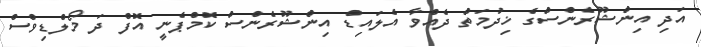
އަދި އިންޝޫރެންސްގެ ޚިދުމަތް ދެއްވާ އެލައިޑް އިންޝޫރެންސް ކޮމްޕެނީ އޮފް ދަ މޯލްޑިވްސް